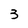
Character: 3